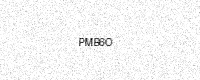
Text: PMB6O